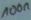
Text: 100n